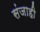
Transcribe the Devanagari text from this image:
संजाही